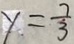
y = \frac { 7 } { 3 }